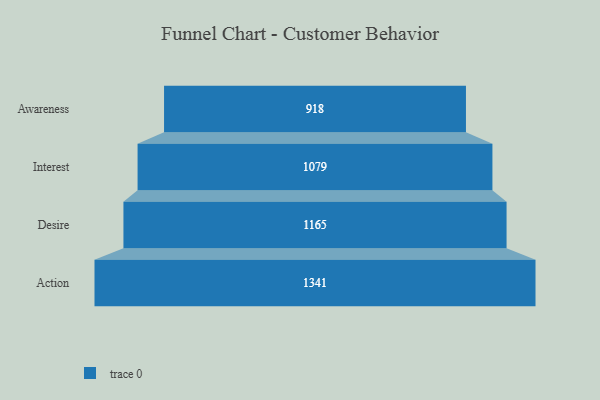
{"axis": {"x": "Stage", "y": "Value"}, "legend": [""], "data": [{"x": "Awareness", "y": 918.0, "type": ""}, {"x": "Interest", "y": 1079.0, "type": ""}, {"x": "Desire", "y": 1165.0, "type": ""}, {"x": "Action", "y": 1341.0, "type": ""}]}